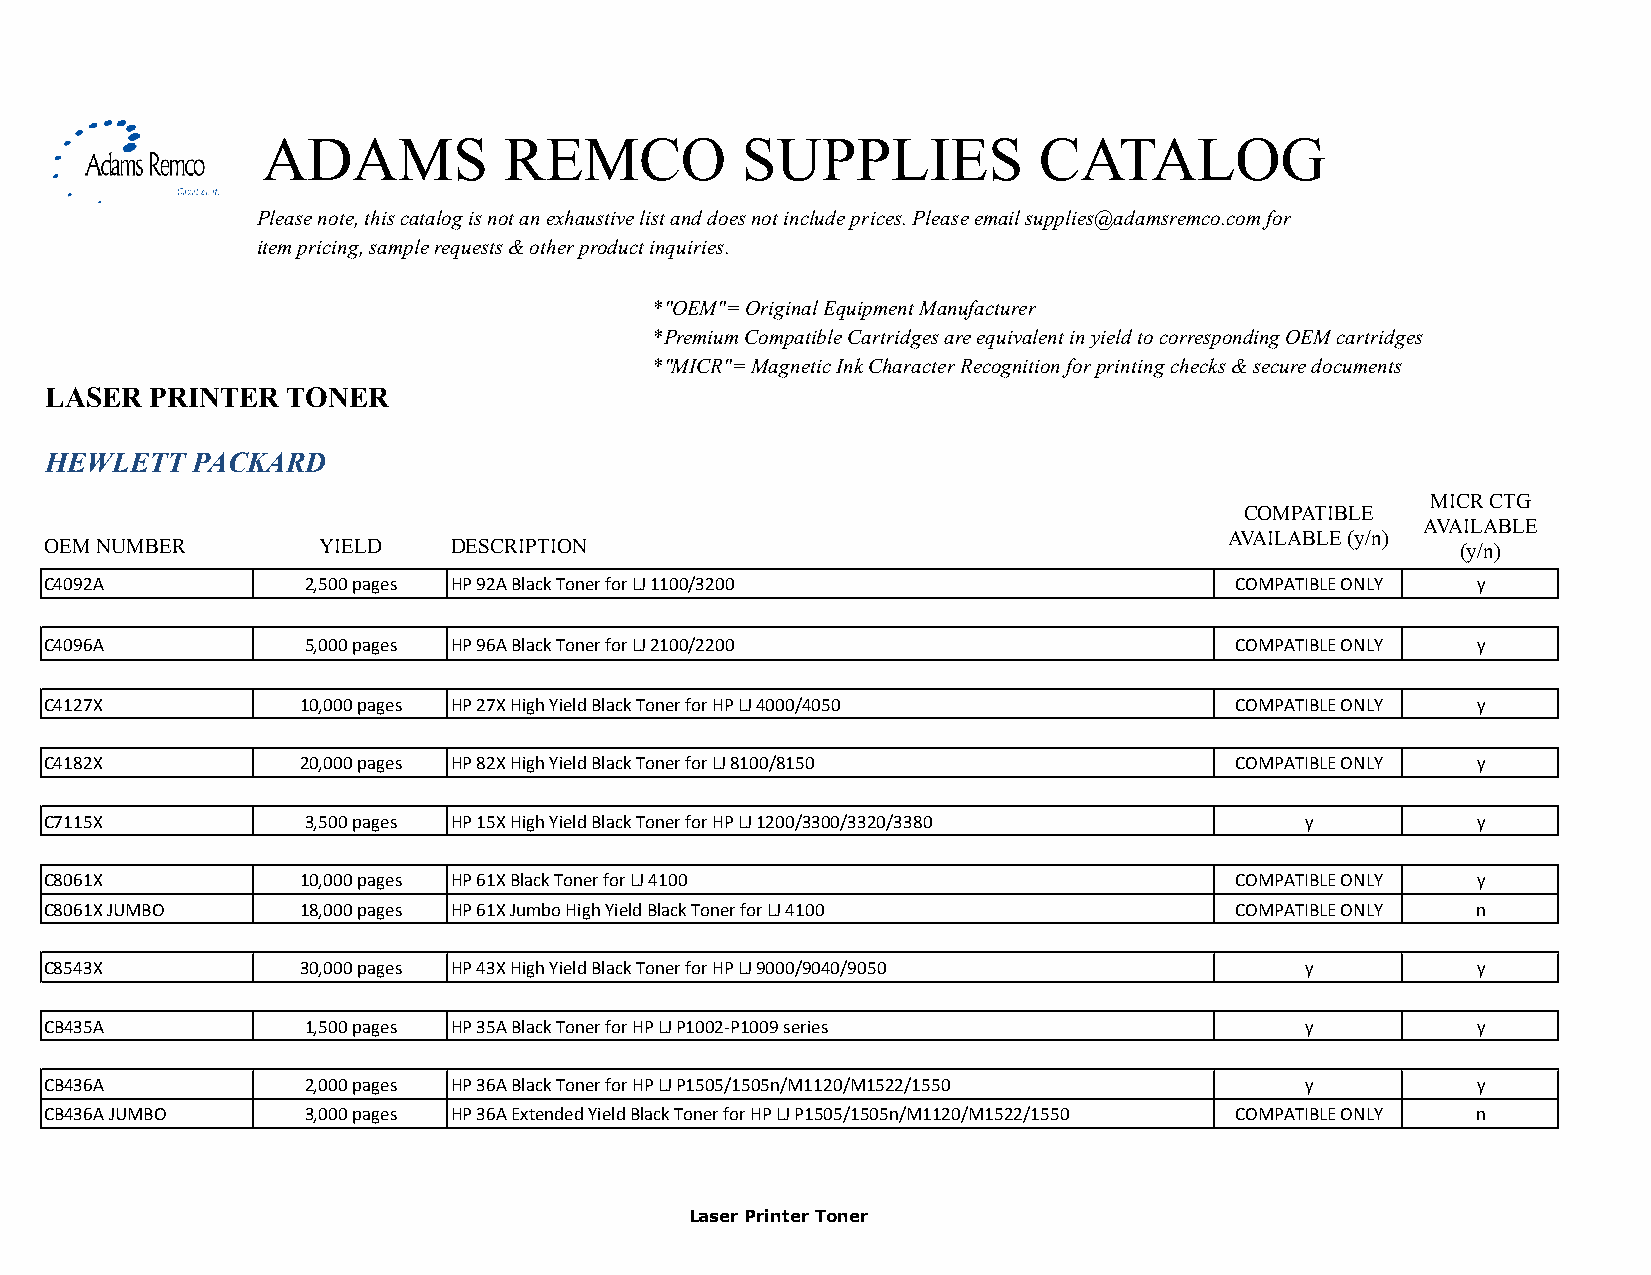
ADAMS           REMCO           SUPPLIES            CATALOG
 Please note, this catalog is not an exhaustive list and does not include prices. Please email supplies@adamsremco.com for
 item pricing, sample requests & other product inquiries.
 *"OEM"= Original Equipment Manufacturer
 *Premium Compatible Cartridges are equivalent in yield to corresponding OEM cartridges
 *"MICR"= Magnetic Ink Character Recognition for printing checks & secure documents
 LASER  PRINTER  TONER
 HEWLETT   PACKARD
 MICR CTG
 COMPATIBLE
 AVAILABLE
 AVAILABLE (y/n)
 OEM NUMBER        YIELD    DESCRIPTION                                                        (y/n)
 C4092A           2,500 pages HP 92A Black Toner for LJ 1100/3200               COMPATIBLE ONLY y
 C4096A           5,000 pages HP 96A Black Toner for LJ 2100/2200               COMPATIBLE ONLY y
 C4127X           10,000 pages HP 27X High Yield Black Toner for HP LJ 4000/4050 COMPATIBLE ONLY y
 C4182X           20,000 pages HP 82X High Yield Black Toner for LJ 8100/8150   COMPATIBLE ONLY y
 C7115X           3,500 pages HP 15X High Yield Black Toner for HP LJ 1200/3300/3320/3380 y     y
 C8061X           10,000 pages HP 61X Black Toner for LJ 4100                   COMPATIBLE ONLY y
 C8061X JUMBO     18,000 pages HP 61X Jumbo High Yield Black Toner for LJ 4100  COMPATIBLE ONLY n
 C8543X           30,000 pages HP 43X High Yield Black Toner for HP LJ 9000/9040/9050 y         y
 CB435A           1,500 pages HP 35A Black Toner for HP LJ P1002-P1009 series       y           y
 CB436A           2,000 pages HP 36A Black Toner for HP LJ P1505/1505n/M1120/M1522/1550 y       y
 CB436A JUMBO     3,000 pages HP 36A Extended Yield Black Toner for HP LJ P1505/1505n/M1120/M1522/1550 COMPATIBLE ONLY n
 Laser Printer Toner